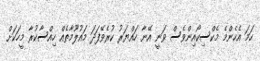
ހަމަ އެހެންމެ މެކްސިކޯއިންވެސް ވަނީ އޭނާ ހައްޔަރު ކުރެވޭފަދަ މައުލޫމާތެއް ހިއްސާކުރާ މީހަކަށް